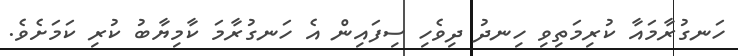
ހަނގުރާމައާ ކުރިމަތިވި ހިނދު ދިވެހި ސިފައިން އެ ހަނގުރާމަ ކާމިޔާބު ކުރި ކަމަށެވެ.